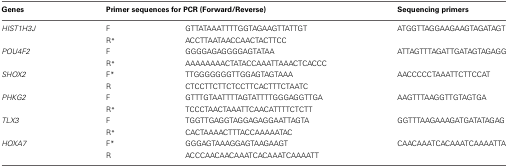
<table><thead><tr><td><b>Genes</b></td><td colspan="2"><b>Primer sequences for PCR (Forward/Reverse)</b></td><td><b>Sequencing primers</b></td></tr></thead><tbody><tr><td><i>HIST1H3J</i></td><td>F</td><td>GTTATAAATTTTGGTAGAAGTTATTGT</td><td>ATGGTTAGGAAGAAGTAGATAGT</td></tr><tr><td></td><td>R<sup>*</sup></td><td>ACCTTAATAACCAACTACTTCC</td><td></td></tr><tr><td><i>POU4F2</i></td><td>F</td><td>GGGGAGAGGGGAGTATAA</td><td>ATTAGTTTAGATTGATAGTAGAGG</td></tr><tr><td></td><td>R<sup>*</sup></td><td>AAAAAAAACTATACCAAATTAAACTCACCC</td><td></td></tr><tr><td><i>SHOX2</i></td><td>F<sup>*</sup></td><td>TTGGGGGGGTTGGAGTAGTAAA</td><td>AACCCCCTAAATTCTTCCAT</td></tr><tr><td></td><td>R</td><td>CTCCTTCTTCTCCTTCACTTTCTAATC</td><td></td></tr><tr><td><i>PHKG2</i></td><td>F</td><td>GTTTGTAATTTTAGTATTTTGGGAGGTTGA</td><td>AAGTTTAAGGTTGTAGTGA</td></tr><tr><td></td><td>R<sup>*</sup></td><td>TCCCTAACTAAATTCAACATTTTCTCTT</td><td></td></tr><tr><td><i>TLX3</i></td><td>F</td><td>TGGTTGAGGTAGGAGAGGAATTAGTA</td><td>GGTTTAAGAAAGATGATATAGAG</td></tr><tr><td></td><td>R<sup>*</sup></td><td>CACTAAAACTTTACCAAAAATAC</td><td></td></tr><tr><td><i>HOXA7</i></td><td>F<sup>*</sup></td><td>GGGAGTAAAGGAGTAAGAAGT</td><td>CAACAAATCACAAATCAAAATTA</td></tr><tr><td></td><td>R</td><td>ACCCAACAACAAATCACAAATCAAAATT</td><td></td></tr></tbody></table>